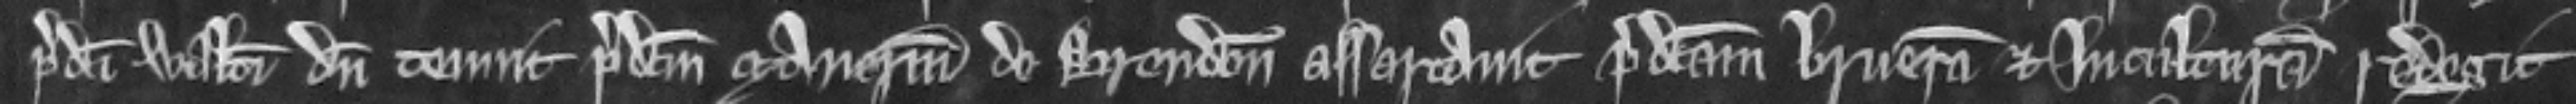
predicti Walteri dum tenuit predictum manerium de Brendon assartavit predictam brueram et in culturam redegit.